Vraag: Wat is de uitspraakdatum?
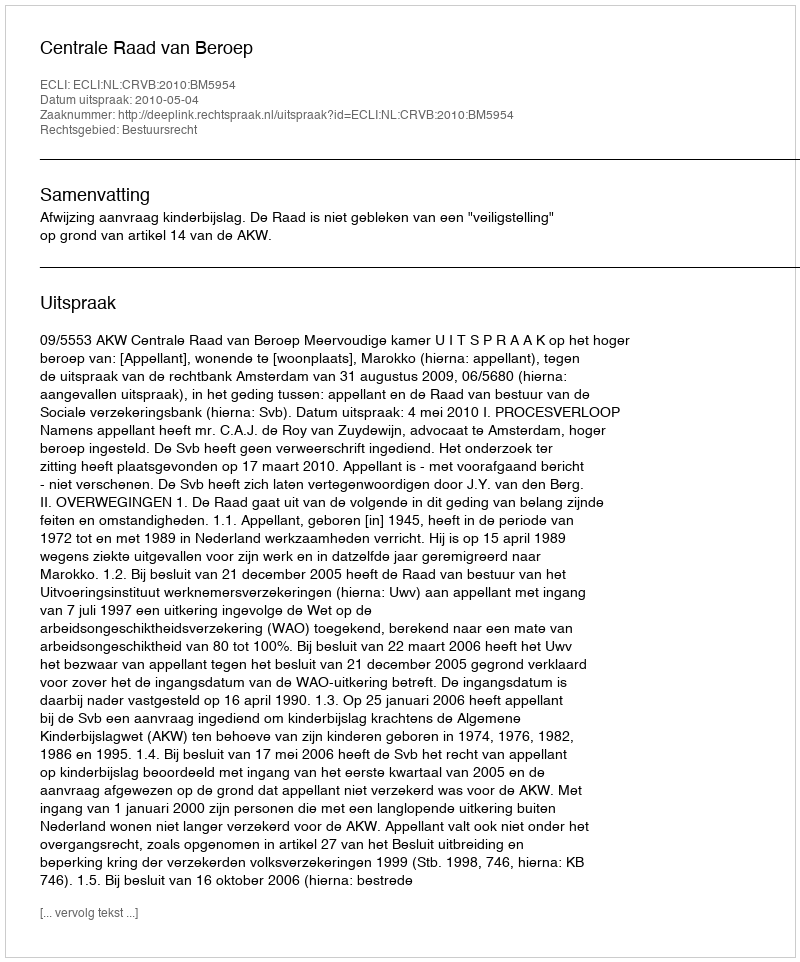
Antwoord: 2010-05-04